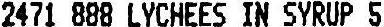
2471 888 LYCHEES IN SYRUP 5